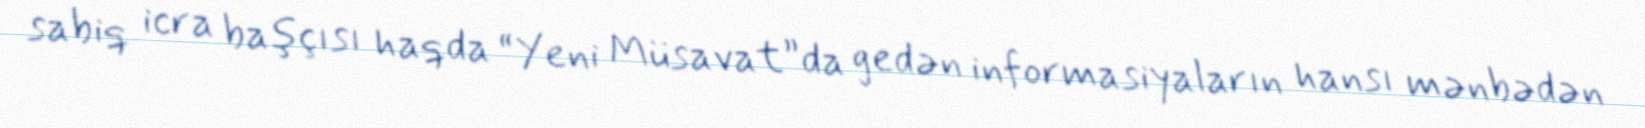
sabiq icra başçısı haqda “Yeni Müsavat”da gedən informasiyaların hansı mənbədən